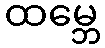
ထမ္ဘေ